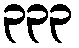
၃၃၃